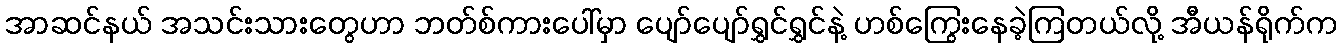
အာဆင်နယ် အသင်းသားတွေဟာ ဘတ်စ်ကားပေါ်မှာ ပျော်ပျော်ရွှင်ရွှင်နဲ့ ဟစ်ကြွေးနေခဲ့ကြတယ်လို့ အီယန်ရိုက်က